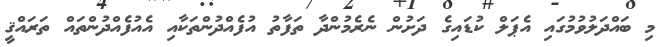
މި ބައްދަލުވުމުގައި އެޕަލް ކުޑައިގެ ދަށުން ނެރެމުންދާ ތަފާތު އުފެއްދުންތަކާއި އެއުފެއްދުންތައް ތަރައްޤީ